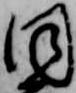
同